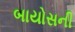
બાયોસની